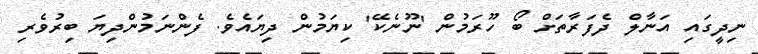
ނިދީގައި އަނާލް ދެފަރާތަށް ބޯ ހޫރަމުން 'ނޫނެކޭ' ކިޔަމުން ދިޔައެވެ. ފެންނަމުންދިޔަ ބިރުވެރި